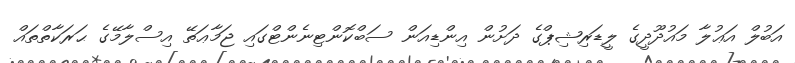
އަބުލް އަޢުލާ މައުދޫދީގެ ލީޑަރިޝިޕްގެ ދަށުން އިންޑިއަން ސަބްކޮންޓިނެންޓްގައި ޖަމާޢަތޭ އިސްލާމޭގެ ޙަރަކާތްތައް